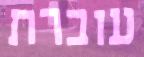
עוברת